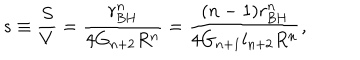
s \equiv \frac { S } { V } = \frac { r _ { \mathrm { B H } } ^ { n } } { 4 G _ { n + 2 } R ^ { n } } = \frac { ( n - 1 ) r _ { \mathrm { B H } } ^ { n } } { 4 G _ { n + 1 } l _ { n + 2 } R ^ { n } } ,